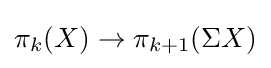
\pi _{k}(X)\to \pi _{k+1}(\Sigma X)